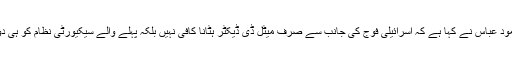
فلسطین کے صدر محمود عباس نے کہا ہے کہ اسرائیلی فوج کی جانب سے صرف میٹل ڈی ڈیکٹر ہٹانا کافی نہیں بلکہ پہلے والے سیکیورٹی نظام کو ہی دوبارہ نصب کیا جائے۔